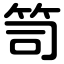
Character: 笥